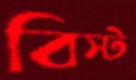
বিস্ট